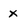
Character: x